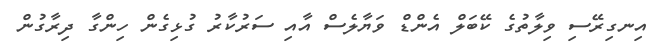
އިނގިރޭސި ވިލާތުގެ ކޭބަލް އެންޑް ވަޔާލެސް އާއި ސަރުކާރު ގުޅިގެން ހިންގާ ދިރާގުން